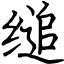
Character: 缒